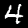
Label: 4